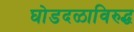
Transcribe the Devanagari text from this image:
घोडदळाविरुद्ध